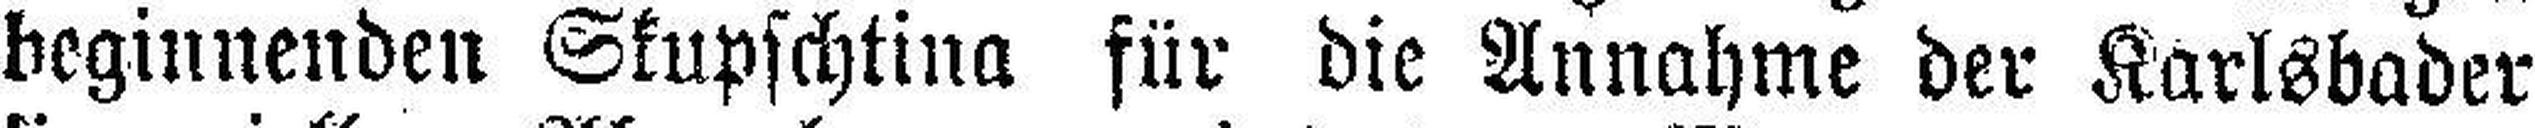
beginnenden Skupschtina für die Annahme der Karlsbader